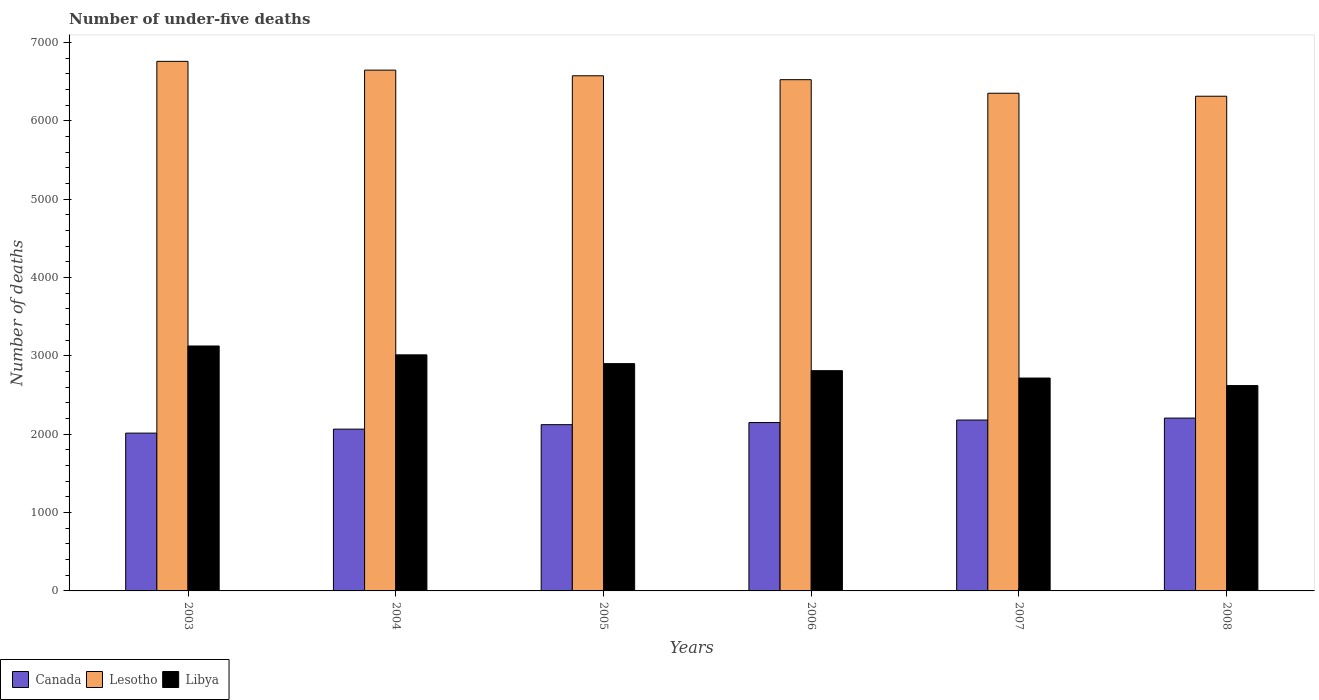
| Years | Canada | Lesotho | Libya |
 | --- | --- | --- | --- |
 | 2003 | 2.01e+03 | 6.76e+03 | 3.13e+03 |
 | 2004 | 2.06e+03 | 6.65e+03 | 3.01e+03 |
 | 2005 | 2.12e+03 | 6.58e+03 | 2.9e+03 |
 | 2006 | 2.15e+03 | 6.52e+03 | 2.81e+03 |
 | 2007 | 2.18e+03 | 6.35e+03 | 2.72e+03 |
 | 2008 | 2.21e+03 | 6.31e+03 | 2.62e+03 |